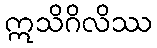
ဣသိဂိလိဿ